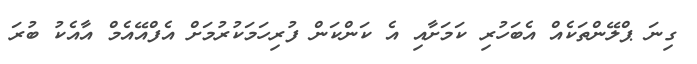
ގިނަ ޕްލޭންތަކެއް އެބަހުރި ކަމަށާއި އެ ކަންކަން ފުރިހަމަކުރުމަށް އެފްއޭއެމް އާއެކު ބުރަ